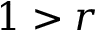
1 > r